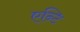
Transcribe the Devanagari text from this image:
एन्टि